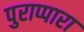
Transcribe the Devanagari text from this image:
पुराप्पारा